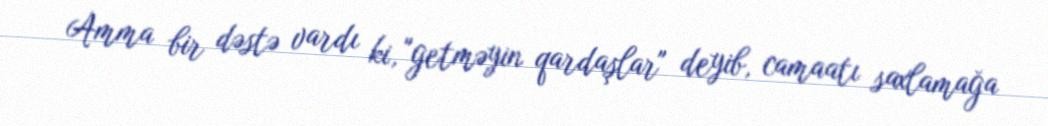
Amma bir dəstə vardı ki, "getməyin qardaşlar" deyib, camaatı saxlamağa